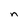
Character: n